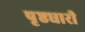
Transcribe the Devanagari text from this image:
पृष्ठधारी